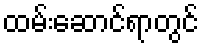
ထမ်းဆောင်ရာတွင်